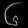
Digit: ၆